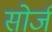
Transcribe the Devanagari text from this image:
सोर्ज